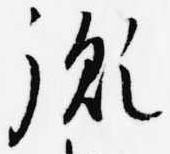
胤